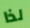
لذا